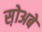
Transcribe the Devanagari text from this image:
स़ोअबे